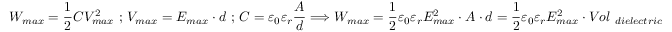
W _ { m a x } = \displaystyle \frac { 1 } { 2 } C V _ { m a x } ^ { 2 } \ ; \, V _ { m a x } = E _ { m a x } \cdot d \ ; \, C = \displaystyle \varepsilon _ { 0 } \varepsilon _ { r } \frac { A } { d } \Longrightarrow W _ { m a x } = \displaystyle \frac { 1 } { 2 } \varepsilon _ { 0 } \varepsilon _ { r } E _ { m a x } ^ { 2 } \cdot A \cdot d = \displaystyle \frac { 1 } { 2 } \varepsilon _ { 0 } \varepsilon _ { r } E _ { m a x } ^ { 2 } \cdot V o l _ { \ d i e l e c t r i c }